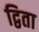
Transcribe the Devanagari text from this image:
द्विता